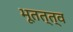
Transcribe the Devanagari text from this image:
भूतत्त्व